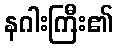
နဂါးကြီး၏